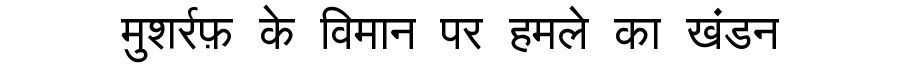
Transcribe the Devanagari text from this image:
मुशर्रफ़ के विमान पर हमले का खंडन